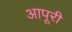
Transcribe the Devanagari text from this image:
आपूरी